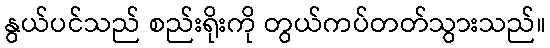
နွယ်ပင်သည် စည်းရိုးကို တွယ်ကပ်တတ်သွားသည်။